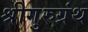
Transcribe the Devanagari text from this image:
श्रीगुरुग्रंथ